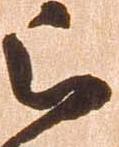
被